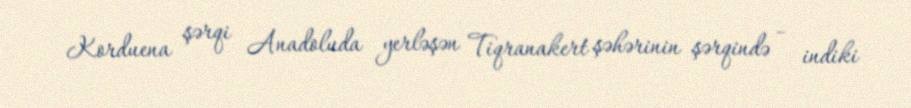
Korduena şərqi Anadoluda yerləşən Tiqranakert şəhərinin şərqində – indiki